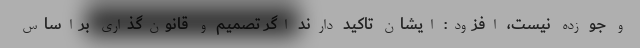
و جو زده نیست، افزود: ایشان تاکید دارند اگر تصمیم و قانون‌گذاری براساس